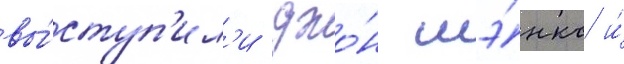
вы́ступ'ил'и джо́н шэ́нкс и́